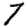
Digit: 7